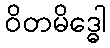
ဝိတမိဒ္ဓေါ